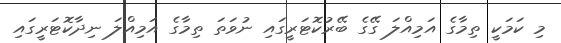
މި ކަމަކީ ތިމާގެ އަމިއްލަ ގޭގެ ބޭރުކޮޓަރީގައި ނުވަތަ ތިމާގެ އަމިއްލަ ނިދާކޮޓަރީގައި